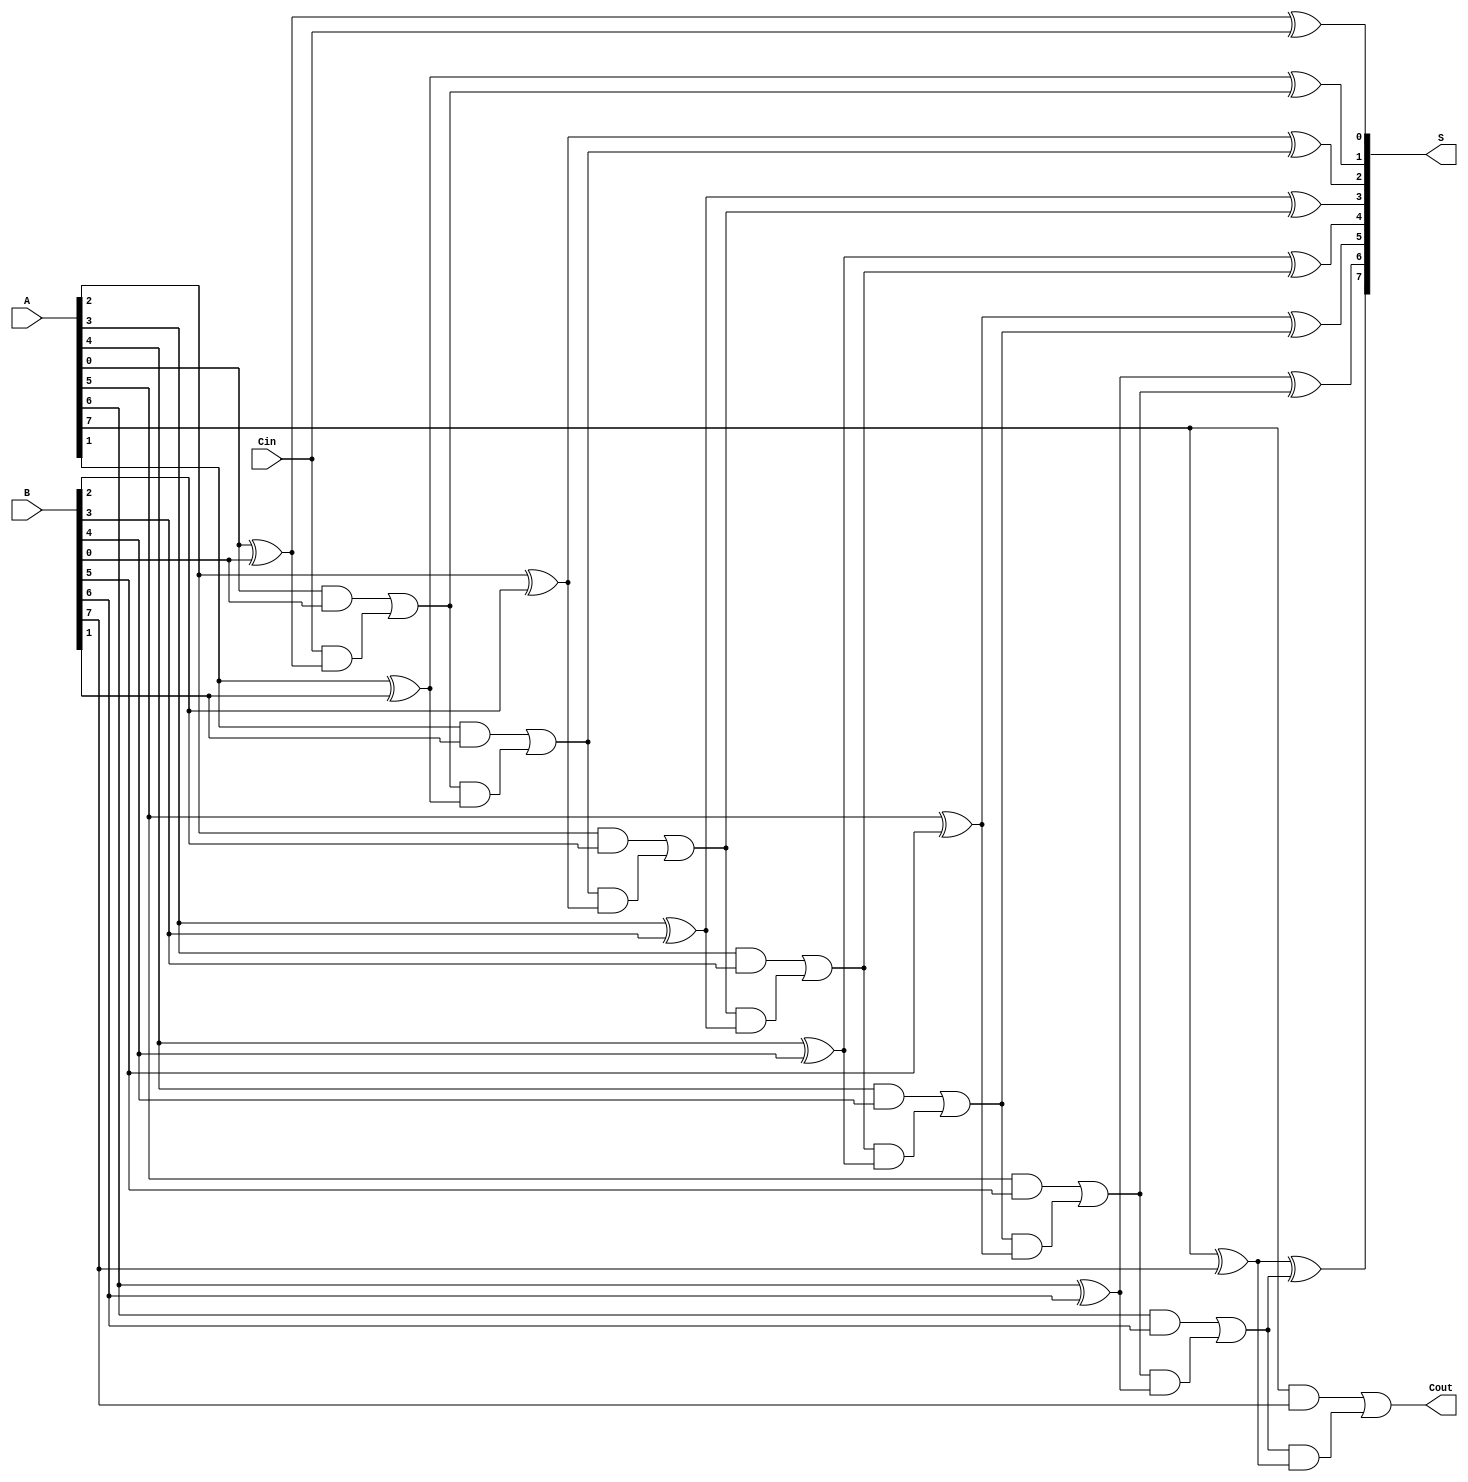
module LingAdder #(parameter n = 8) (
    input  [n-1:0] A,      // First n-bit input
    input  [n-1:0] B,      // Second n-bit input
    input          Cin,     // Carry-in
    output [n-1:0] S,      // Sum output
    output         Cout     // Carry-out
);

    wire [n:0] C;          // Carry signals, C[0] is Cin, C[n] is Cout
    assign C[0] = Cin;     // Initialize C[0] with Cin

    // Generate sum and carry for each bit
    genvar i;
    generate
        for (i = 0; i < n; i = i + 1) begin : adder
            // Sum generation
            assign S[i] = A[i] ^ B[i] ^ C[i]; // S[i] = A[i] XOR B[i] XOR C[i]

            // Carry generation
            assign C[i + 1] = (A[i] & B[i]) | (C[i] & (A[i] ^ B[i])); // C[i+1] = (A[i] AND B[i]) OR (C[i] AND (A[i] XOR B[i]))
        end
    endgenerate

    assign Cout = C[n]; // Final carry-out

endmodule